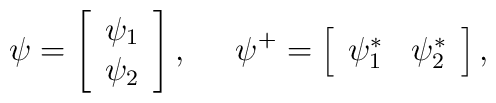
\psi =\left[ \begin{array}{c}\psi _1 \\ \psi _2\end{array}\right] ,\;\;\;\;\;\psi ^{+}=\left[ \begin{array}{cc}\psi _1^{*} & \psi _2^{*}\end{array}\right] ,\;\;\;\;\;